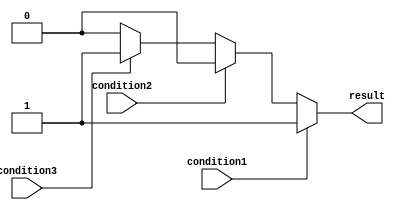
module if_else_ladder (
    input wire condition1,
    input wire condition2,
    input wire condition3,
    output reg result
);

always @(*)
begin
    if (condition1)
    begin
        // Code block 1
        result <= 1;
    end
    else if (condition2)
    begin
        // Code block 2
        result <= 2;
    end
    else if (condition3)
    begin
        // Code block 3
        result <= 3;
    end
    else
    begin
        // Default code block
        result <= 0;
    end
end

endmodule